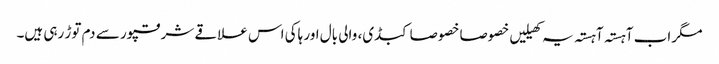
مگر اب آہستہ آہستہ یہ کھیلیں خصوصا خصوصا کبڈی، والی بال اور ہاکی اس علاقے شرقپور سے دم توڑ رہی ہیں۔